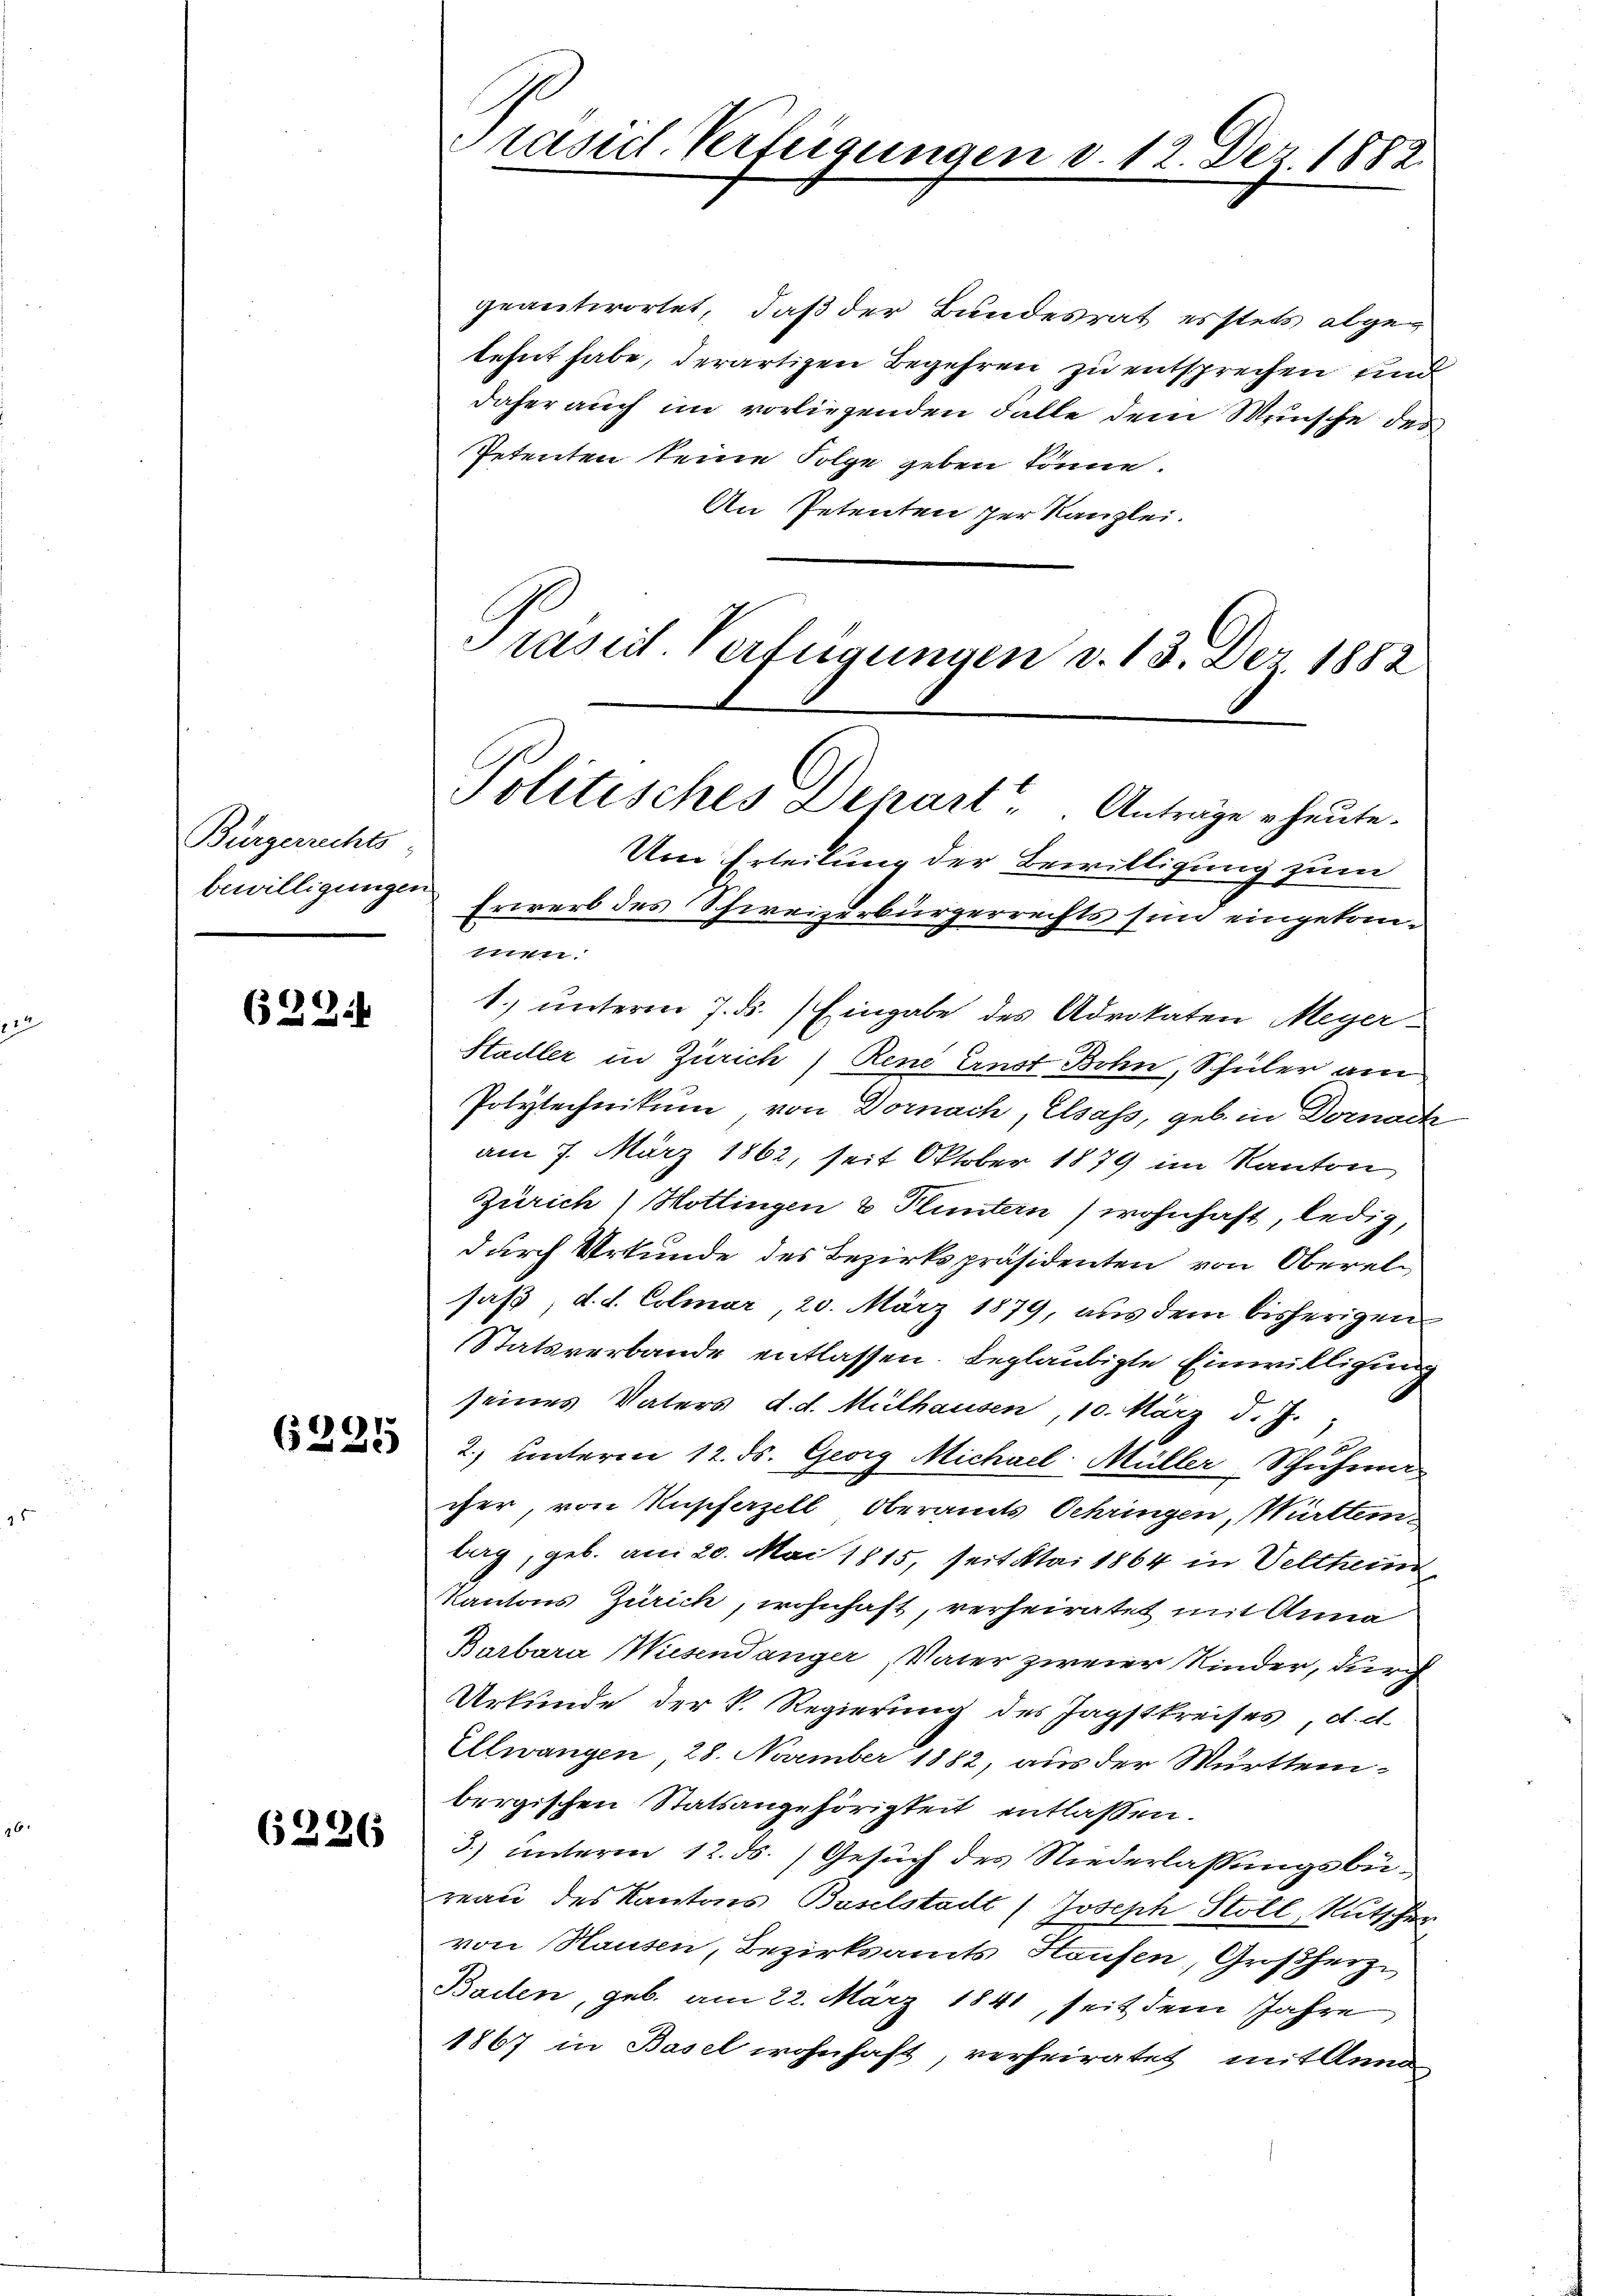
Bürgerrechts-
bewilligungen

629.

6225

6226

Präsid. Verfügunge

12. Dez. 1882.

geantwortet, daß der Bundesrat erstets abgelehnt habe, derartigen Begehren zu entsprechen und
daher auch im vorliegenden Falle dem Wunsche des
Petenten seine Folge geben könne.
An Petenten der Kanzlei.
Prasirt Verfügungen v. 13. Der 1882

Politisches Depart. Anträge heute.
Um Erteilung der Bewilligung zum

Erwerb des Schweizerbürgerrechts sind eingekomnen.
1. unterm 7. ds.) Eingabe des Advokaten Meyer-
Stadler in Zürich) Rene Aust Bohn, Schüler am
Polytechnikum, von Dornach, Elsass, geb. in Dornach
am 7. März 1862, seit Oktober 1879 im Kanton,
Zürich) Hottingen & Pluntern) wohnhaft, ledig,
durch Urkunde des Bezirkspräsidenten von Oberalsaß, d. d. Colmar, 20. März 1879, aus dem bisherigen
Statsverbande entlassen. Beglaubigte Einwilligung
seines Vaters d. d. Mülhausen, 10. März d. J.
n
2.) unterm 12. ds. Georg Michael Müller Schuhma
cher, von Anscharzell Oberamts Schringen, Württem
berg, geb. am 20. Mai 1815, seit Mai 1864 in Velthein
Kantons Zürich, wohnhaft, verheiratet mit Anna
Barbara Wiesendanger, Vater zweier Kinder, durch
Urkunde der k. Regierung des Jagstkreises, d. d.
Ellwangen 28. November 1882, aus der Württembergischen Statsangehörigkeit entlassen.
3) unterm 12. ds. Gesuch des Niederlassungsbüreau des Kantons Baselstadt (Joseph Stoll, Rutscher
von Hausen, Bezirksamts Haufen, Großherz
Bailen, geb. am 22. März 1841, seit dem Jahre
1867 in Basel wohnhaft, verheiratet mit Anna